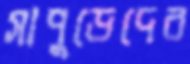
সাপুড়েদের